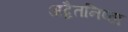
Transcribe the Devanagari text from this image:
अद्वैतनिष्ठा